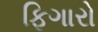
ફિગારો